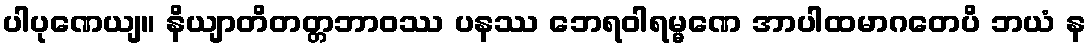
ပါပုဏေယျ။ နိယျာတိတတ္တဘာဝဿ ပနဿ ဘေရဝါရမ္မဏေ အာပါထမာဂတေပိ ဘယံ န